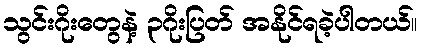
သွင်းဂိုးတွေနဲ့ ၃ဂိုးပြတ် အနိုင်ရခဲ့ပါတယ်။